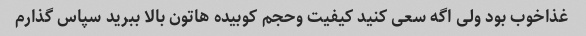
غذاخوب بود ولی اگه سعی کنید کیفیت وحجم کوبیده هاتون بالا ببرید سپاس گذارم